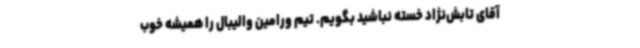
آقای تابش‌نژاد خسته نباشید بگویم. تیم ورامین والیبال را همیشه خوب